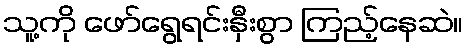
သူ့ကို ဖော်ရွေရင်းနှီးစွာ ကြည့်နေဆဲ။